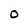
Character: 0